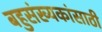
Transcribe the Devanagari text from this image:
बहुसंख्यकांसाठी